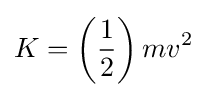
K=\left({\frac {1}{2}}\right)mv^{2}